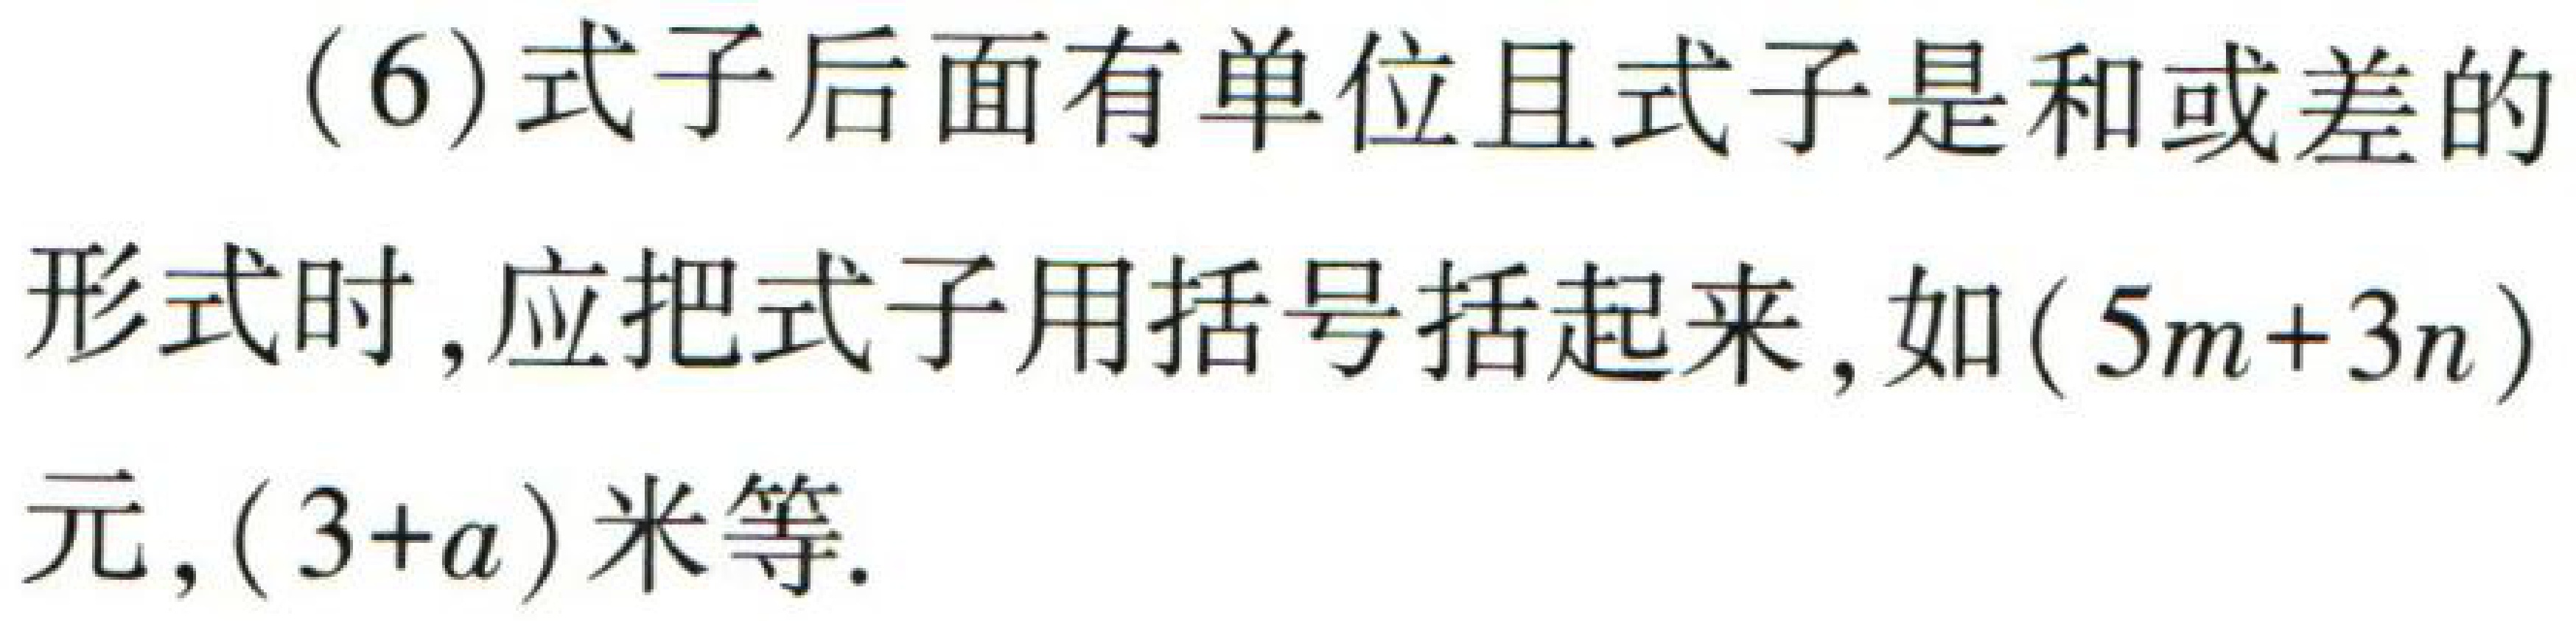
(6)式子后面有单位且式子是和或差的形式时，应把式子用括号括起来，如\((5m + 3n)\)元，\((3 + a)\)米等.